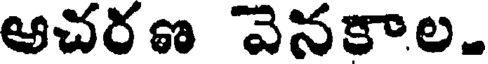
ఆచరణ వెనకాల.